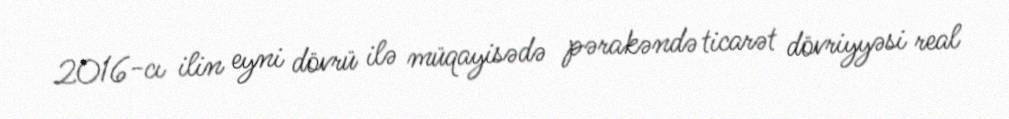
2016-cı ilin eyni dövrü ilə müqayisədə pərakəndə ticarət dövriyyəsi real